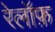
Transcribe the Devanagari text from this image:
रेलॉफ़